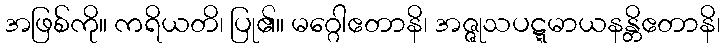
အဖြစ်ကို။ ကရိယတိ၊ ပြု၏။ မဂ္ဂေါဧတာနိ၊ အဇ္ဇုသပဋ္ဋမာယနန္တိဧတာနိ၊